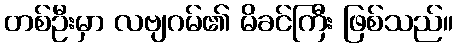
တစ်ဦးမှာ လဗျဂမ်၏ မိခင်ကြီး ဖြစ်သည်။